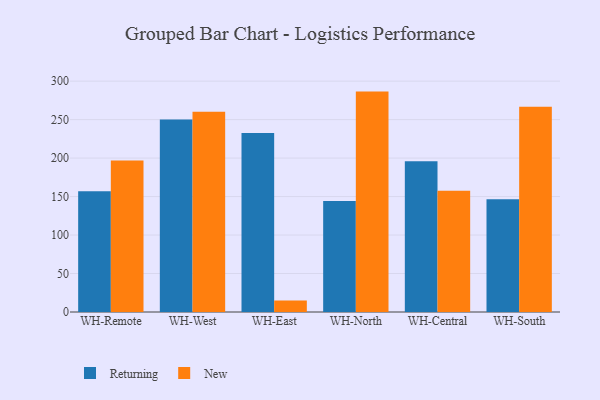
{"axis": {"x": "Warehouse", "y": "Customer Acquisition Cost (USD)"}, "legend": ["New", "Returning"], "data": [{"x": "WH-Remote", "y": 157.0, "type": "Returning"}, {"x": "WH-Remote", "y": 196.8, "type": "New"}, {"x": "WH-West", "y": 250.0, "type": "Returning"}, {"x": "WH-West", "y": 260.3, "type": "New"}, {"x": "WH-East", "y": 232.5, "type": "Returning"}, {"x": "WH-East", "y": 15.0, "type": "New"}, {"x": "WH-North", "y": 144.4, "type": "Returning"}, {"x": "WH-North", "y": 286.4, "type": "New"}, {"x": "WH-Central", "y": 196.0, "type": "Returning"}, {"x": "WH-Central", "y": 157.6, "type": "New"}, {"x": "WH-South", "y": 146.4, "type": "Returning"}, {"x": "WH-South", "y": 266.7, "type": "New"}]}